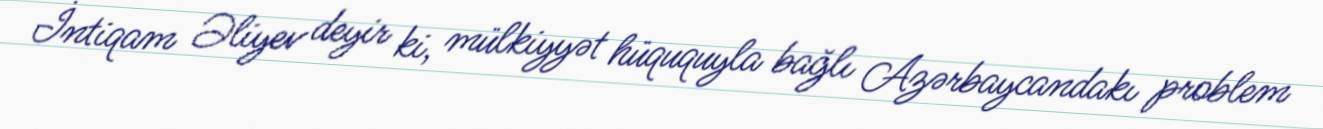
İntiqam Əliyev deyir ki, mülkiyyət hüququyla bağlı Azərbaycandakı problem